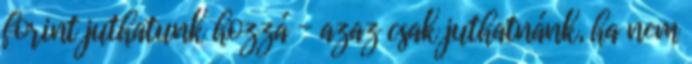
forint juthatunk hozzá - azaz csak juthatnánk, ha nem